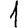
Digit: 1